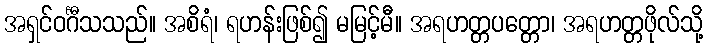
အရှင်ဝင်္ဂီသသည်။ အစိရံ၊ ရဟန်းဖြစ်၍ မမြင့်မီ။ အရဟတ္တပတ္တော၊ အရဟတ္တဖိုလ်သို့